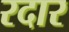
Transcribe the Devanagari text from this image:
रदार